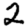
Digit: 2